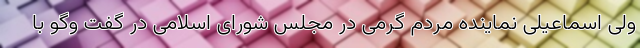
ولی اسماعیلی نماینده مردم گرمی در مجلس شورای اسلامی در گفت وگو با